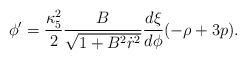
\begin{align*}\phi'=\frac{\kappa_5^2}{2}\frac{B}{\sqrt{1 + B^2 \dot r^2}}\frac{d\xi}{d\phi}(-\rho +3p).\end{align*}